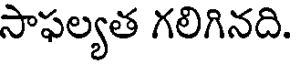
సాఫల్యత గలిగినది.